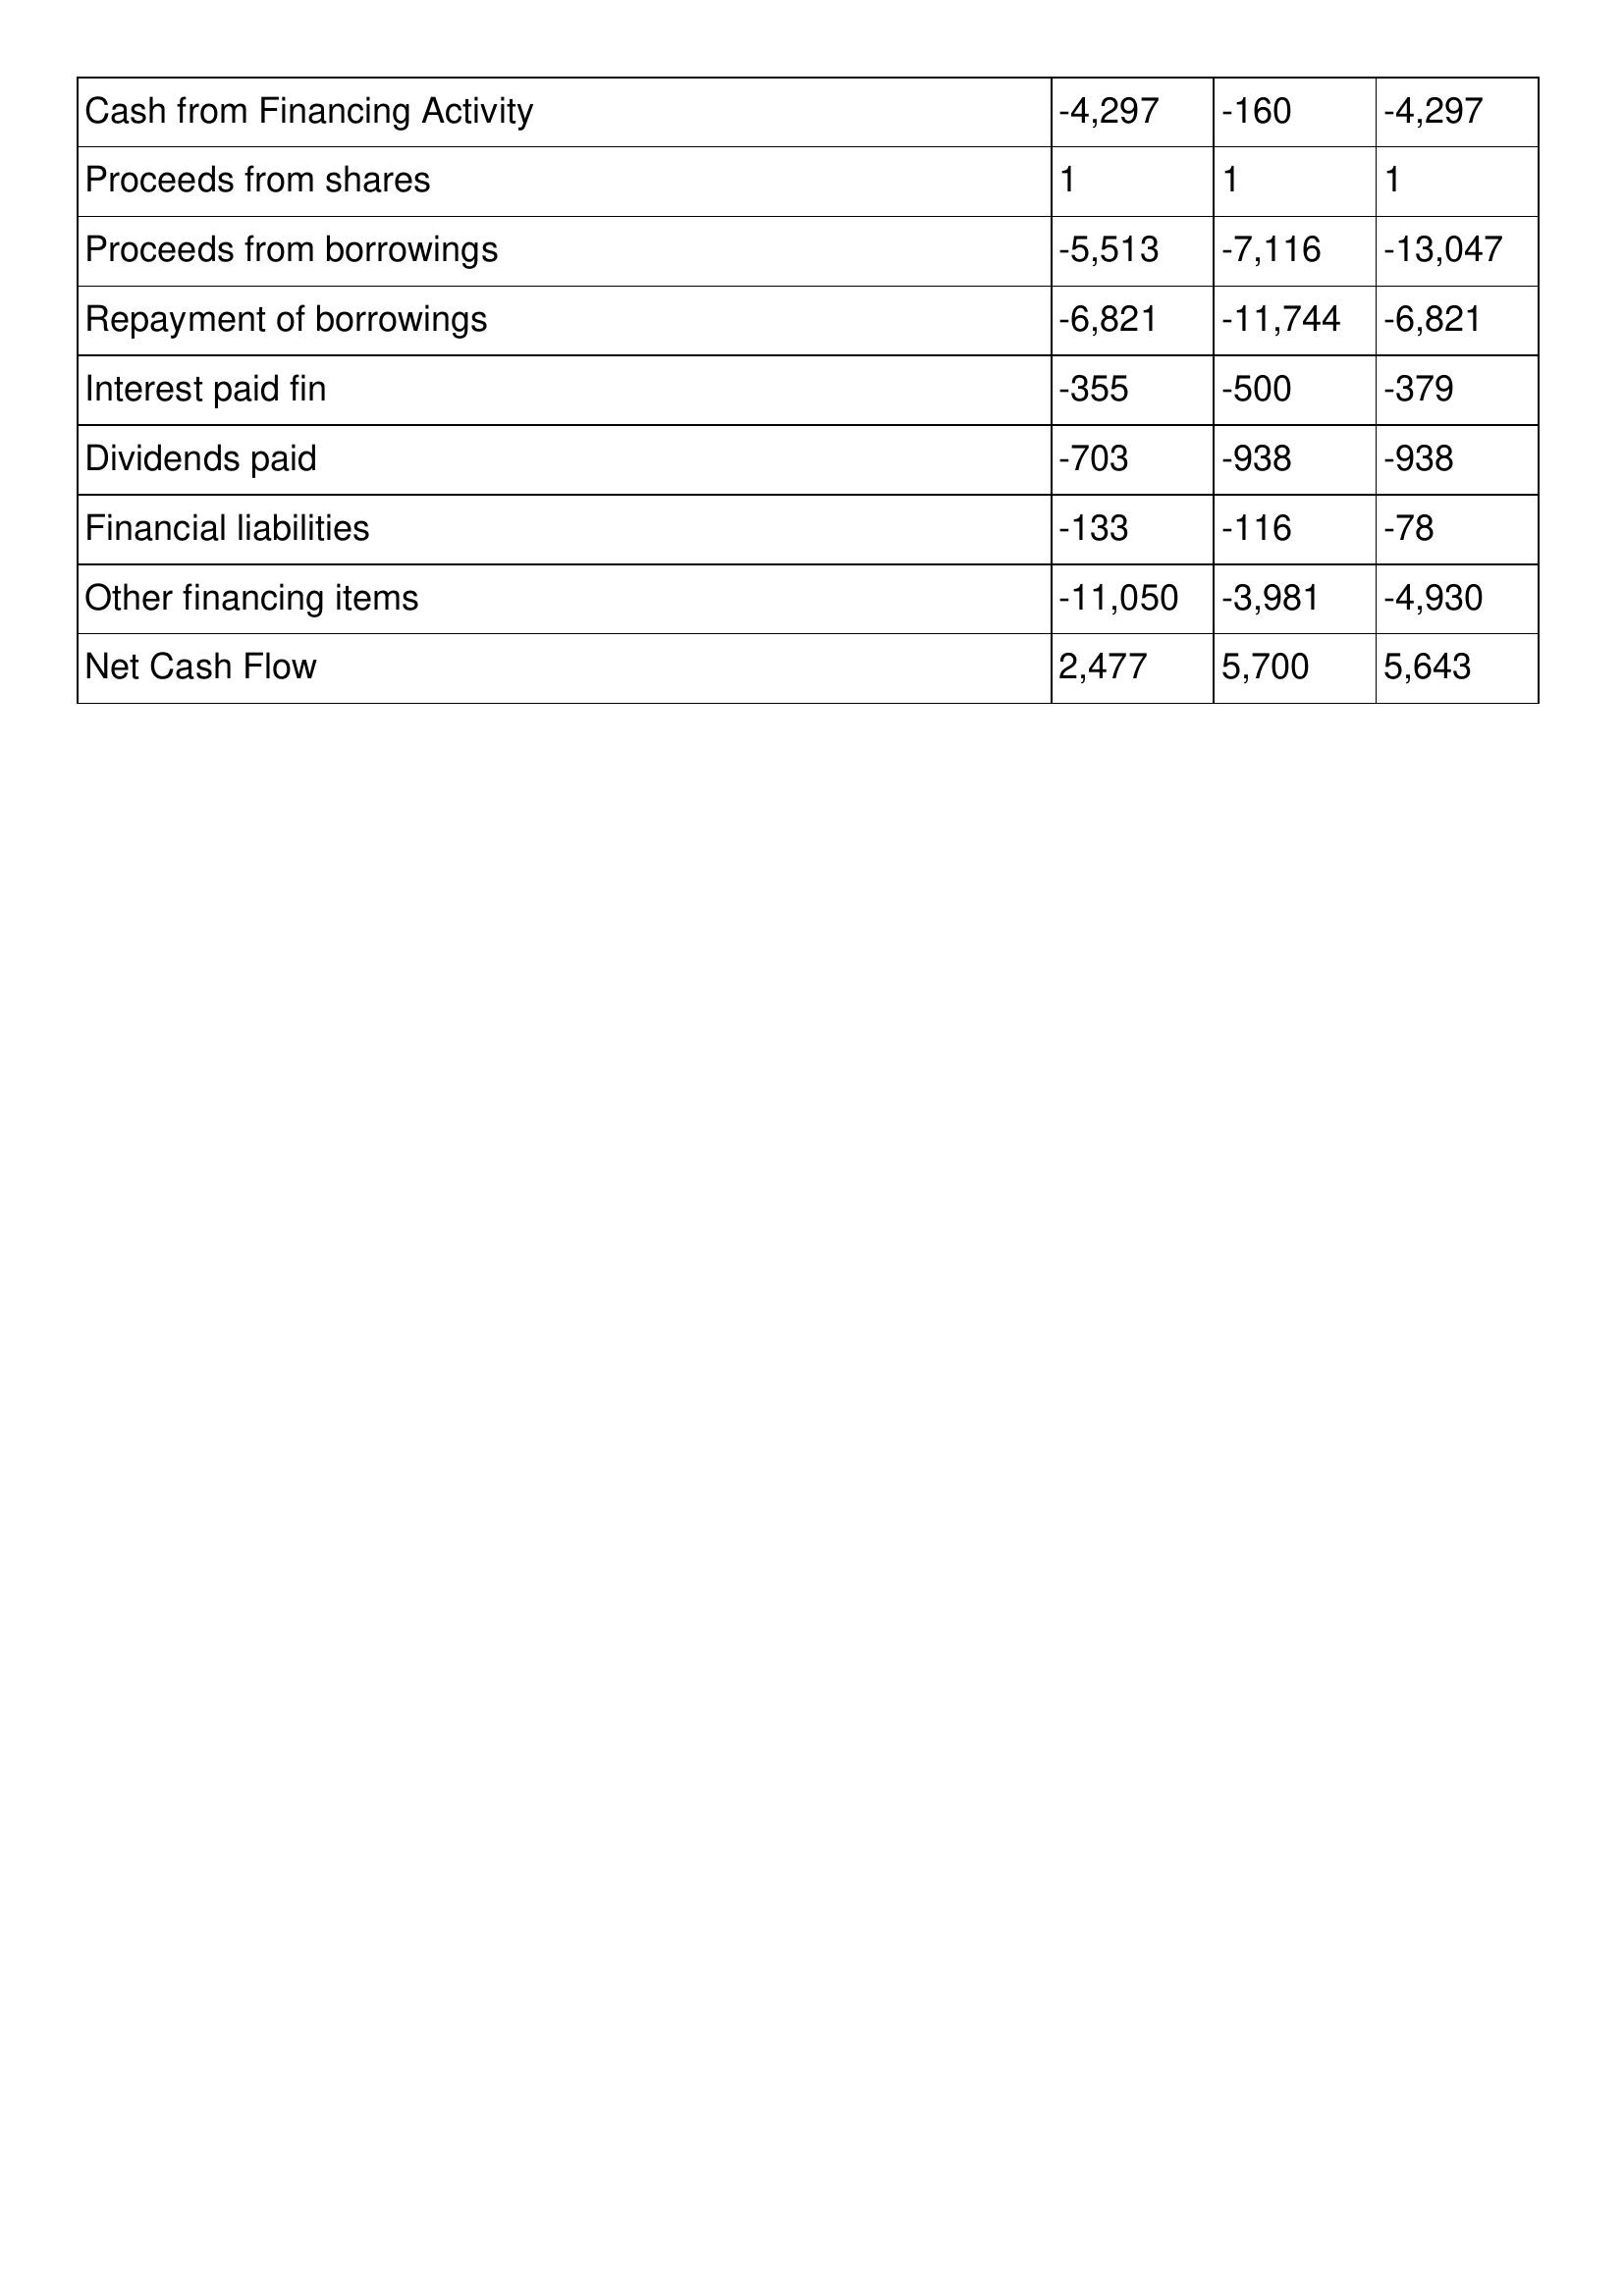
gt_parse: 2007: Cash Flows: Cash from Financing Activity: -4,297
Proceeds from shares: 1
Proceeds from borrowings: -5,513
Repayment of borrowings: -6,821
Interest paid fin: -355
Dividends paid: -703
Financial liabilities: -133
Other financing items: -11,050
Net Cash Flow: 2,477
2006: Cash Flows: Cash from Financing Activity: -160
Proceeds from shares: 1
Proceeds from borrowings: -7,116
Repayment of borrowings: -11,744
Interest paid fin: -500
Dividends paid: -938
Financial liabilities: -116
Other financing items: -3,981
Net Cash Flow: 5,700
2005: Cash Flows: Cash from Financing Activity: -4,297
Proceeds from shares: 1
Proceeds from borrowings: -13,047
Repayment of borrowings: -6,821
Interest paid fin: -379
Dividends paid: -938
Financial liabilities: -78
Other financing items: -4,930
Net Cash Flow: 5,643